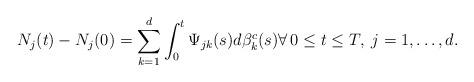
LaTeX: \begin{align*} N_j(t)-N_j(0)=\sum_{k=1}^d\int_0^t\Psi_{jk}(s)d\beta^c_k(s) \forall \, 0\le t \le T, \; j=1,\dots,d. \end{align*}